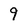
Character: 9